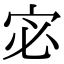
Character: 宓